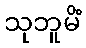
သုဘူမိံ